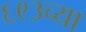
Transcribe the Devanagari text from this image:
६९३च्या